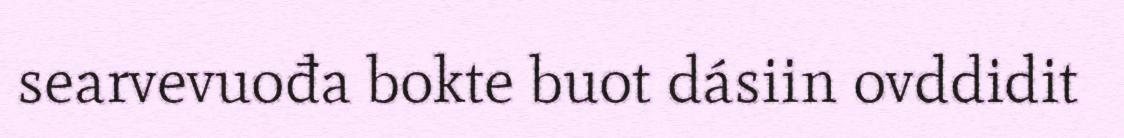
searvevuođa bokte buot dásiin ovddidit